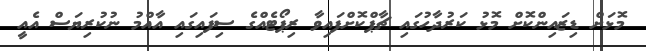
މޮޅަށް ޑިޒައިންކޮށް މޮޅު ކަރުދާހުގައި ޗާޕްކޮށްފައިވާ ރިޕޯޓެއްގެ ސިފައިގައި އާއްމު ނުކުރިޔަސް އެއީ